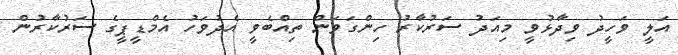
އަލީ ވަހީދު ވިދާޅުވީ މިއަދު ސަރުކާރު ހިންގަވަން ތިއްބެވީ އެދުވަހު އެމްޑީޕީގެ ސަރުކާރުން